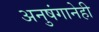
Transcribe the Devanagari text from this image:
अनुषंगानेही